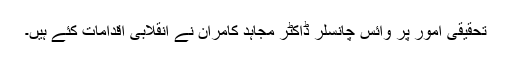
تحقیقی امور پر وائس چانسلر ڈاکٹر مجاہد کامران نے انقلابی اقدامات کئے ہیں۔